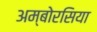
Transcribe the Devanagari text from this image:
अम्बोरसिया